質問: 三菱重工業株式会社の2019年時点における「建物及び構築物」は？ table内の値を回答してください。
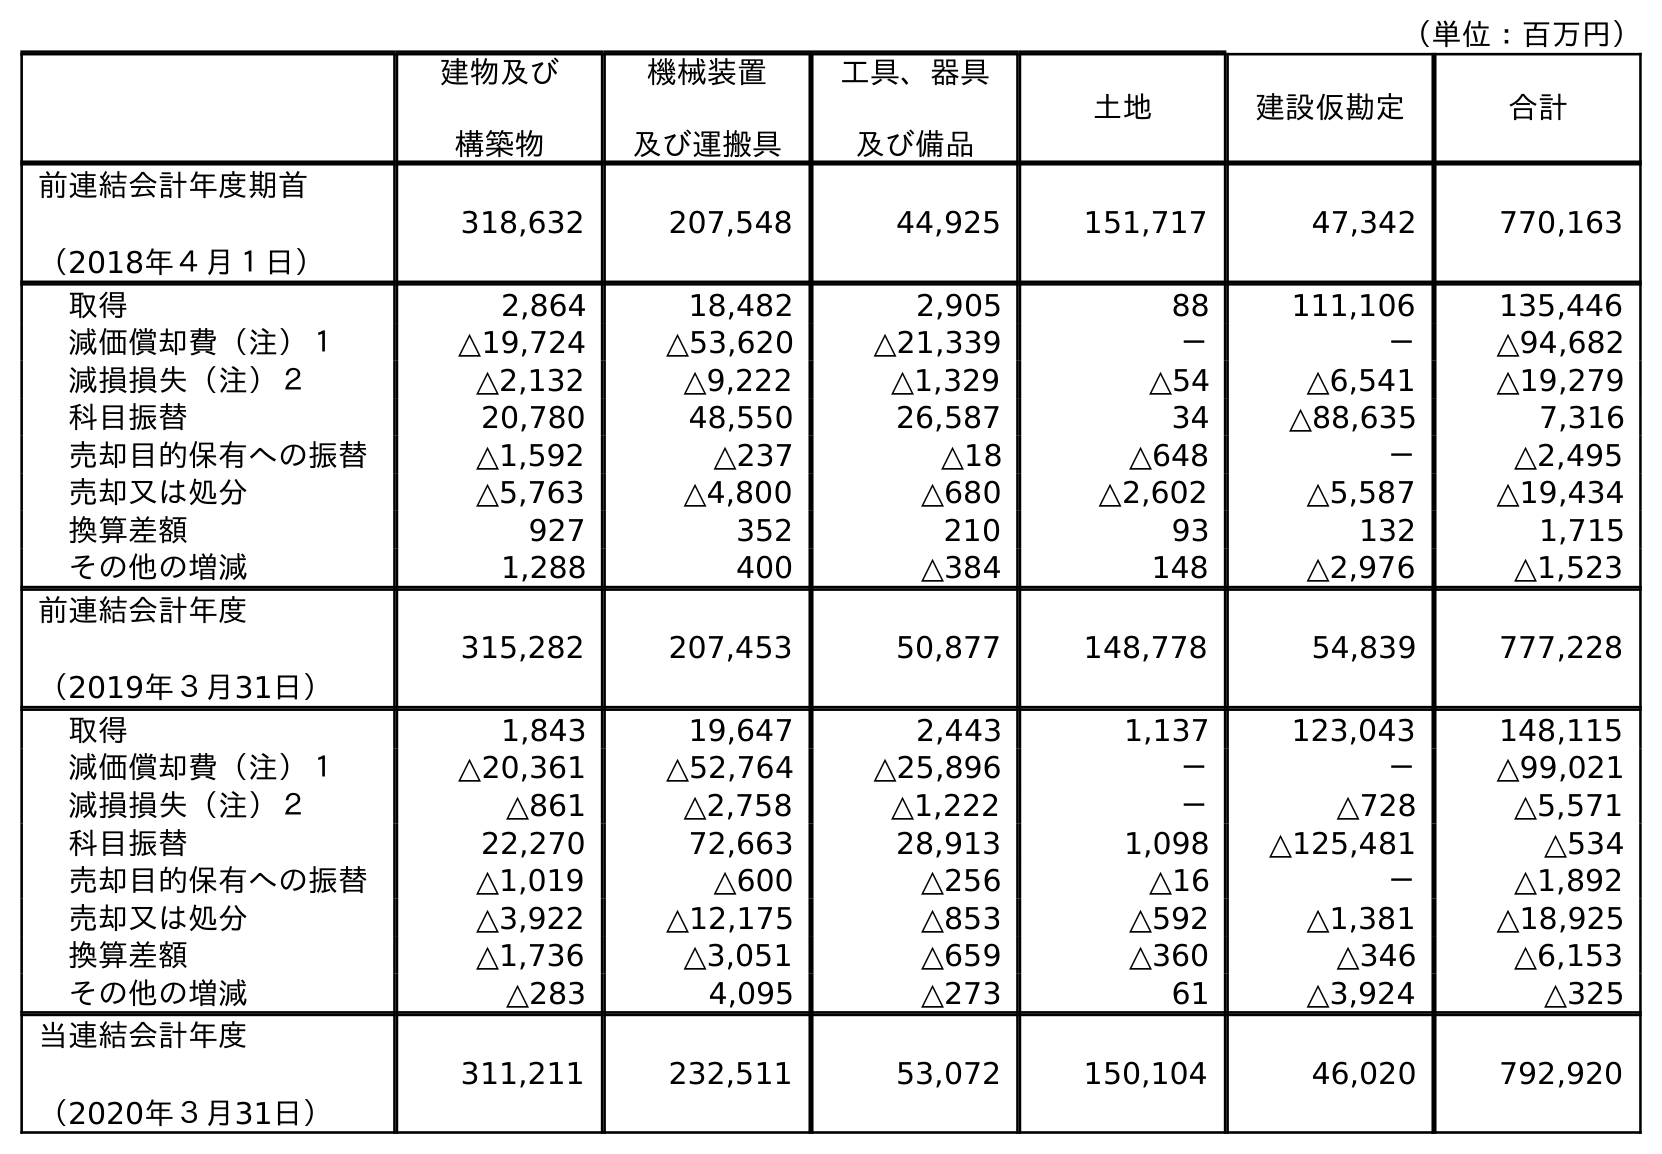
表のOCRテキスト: （単位：百万円） 建物及び 構築物 機械装置 及び運搬具 工具、器具 及び備品 土地 建設仮勘定 合計 前連結会計年度期首 （2018年４月１日） 318,632 207,548 44,925 151,717 47,342 770,163 取得 2,864 18,482 2,905 88 111,106 135,446 減価償却費（注）１ △19,724 △53,620 △21,339 － － △94,682 減損損失（注）２ △2,132 △9,222 △1,329 △54 △6,541 △19,279 科目振替 20,780 48,550 26,587 34 △88,635 7,316 売却目的保有への振替 △1,592 △237 △18 △648 － △2,495 売却又は処分 △5,763 △4,800 △680 △2,602 △5,587 △19,434 換算差額 927 352 210 93 132 1,715 その他の増減 1,288 400 △384 148 △2,976 △1,523 前連結会計年度 （2019年３月31日） 315,282 207,453 50,877 148,778 54,839 777,228 取得 1,843 19,647 2,443 1,137 123,043 148,115 減価償却費（注）１ △20,361 △52,764 △25,896 － － △99,021 減損損失（注）２ △861 △2,758 △1,222 － △728 △5,571 科目振替 22,270 72,663 28,913 1,098 △125,481 △534 売却目的保有への振替 △1,019 △600 △256 △16 － △1,892 売却又は処分 △3,922 △12,175 △853 △592 △1,381 △18,925 換算差額 △1,736 △3,051 △659 △360 △346 △6,153 その他の増減 △283 4,095 △273 61 △3,924 △325 当連結会計年度 （2020年３月31日） 311,211 232,511 53,072 150,104 46,020 792,920
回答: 315,282